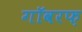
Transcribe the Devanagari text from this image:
गॉवरफ़